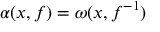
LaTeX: \alpha ( x , f ) = \omega ( x , f ^ { - 1 } )